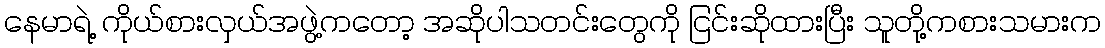
နေမာရဲ့ ကိုယ်စားလှယ်အဖွဲ့ကတော့ အဆိုပါသတင်းတွေကို ငြင်းဆိုထားပြီး သူတို့ကစားသမားက